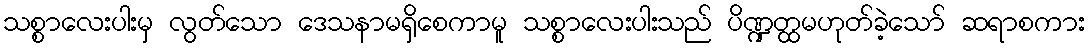
သစ္စာလေးပါးမှ လွတ်သော ဒေသနာမရှိစေကာမူ သစ္စာလေးပါးသည် ပိဏ္ဍတ္ထမဟုတ်ခဲ့သော် ဆရာစကား